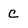
Character: c